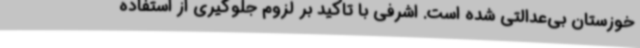
خوزستان بی‌عدالتی شده است. اشرفی با تاکید بر لزوم جلوگیری از استفاده